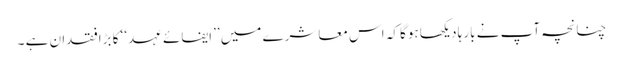
چنانچہ آپ نے بارہا دیکھا ہوگا کہ اس معاشرے میں ’’ایفائے عہد‘‘ کا بڑافقدان ہے ۔